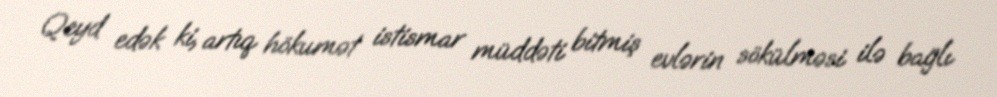
Qeyd edək ki, artıq hökumət istismar müddəti bitmiş evlərin sökülməsi ilə bağlı